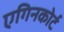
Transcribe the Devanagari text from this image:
एगिनकोर्ट